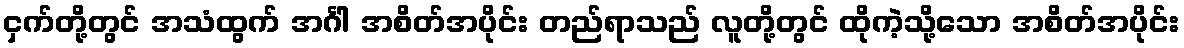
ငှက်တို့တွင် အသံထွက် အင်္ဂါ အစိတ်အပိုင်း တည်ရာသည် လူတို့တွင် ထိုကဲ့သို့သော အစိတ်အပိုင်း